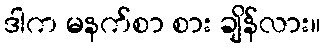
ဒါက မနက်စာ စား ချိန်လား။